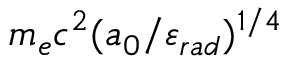
m _ { e } c ^ { 2 } ( a _ { 0 } / \varepsilon _ { r a d } ) ^ { 1 / 4 }